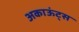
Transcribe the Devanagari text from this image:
अकाऊंट्‌स